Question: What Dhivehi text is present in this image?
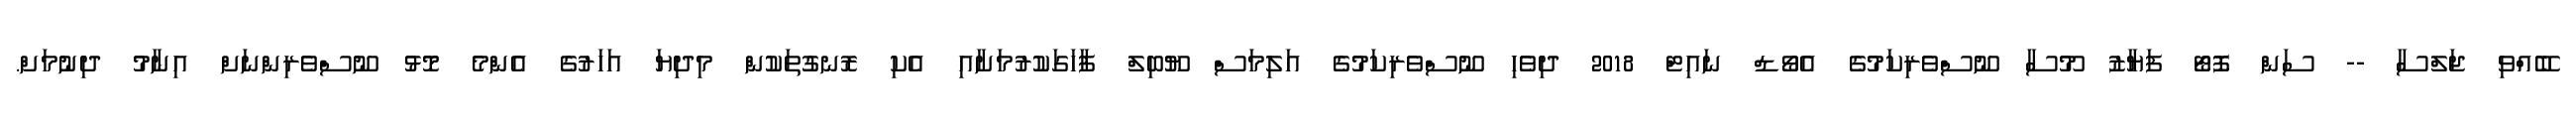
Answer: ބޭއްވި ޖަލްސާ -- ސަން ފޮޓޯ ފަޔާޒު މޫސާ ނޫސްވެރިކަމުގެ އެވޯޑް ނައިޓް 2018 ދިވެހި ނޫސްވެރިކަމުގެ އަލިމަސް ޔޫބިލް ފާހަގަކުރުމަށާއި އެކި ރޮނގުތަކުން މިދިޔަ އަހަރުގެ އެންމެ މޮޅު ނޫސްވެރިންނަށް އިނާމު ދިނުމަށް.